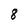
Character: 8